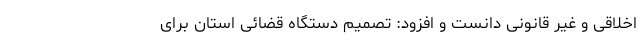
اخلاقی و غیر قانونی دانست و افزود: تصمیم دستگاه قضائی استان برای